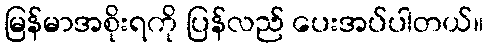
မြန်မာအစိုးရကို ပြန်လည် ပေးအပ်ပါတယ်။